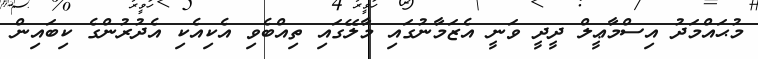
މުޙައްމަދު އިސްމާޢީލް ދީދީ ވަނީ އެޒަމާނުގައި މާލޭގައި ތިއްބެވި އެކިއެކި އެދުރުންގެ ކިބައިން